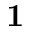
\mathbf { 1 }